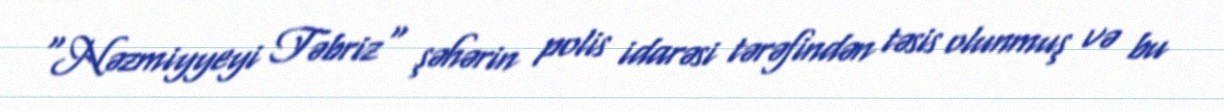
"Nəzmiyyeyi Təbriz" şəhərin polis idarəsi tərəfindən təsis olunmuş və bu